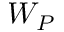
W _ { P }